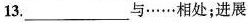
13.___与……相处；进展